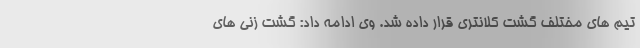
تیم های مختلف گشت کلانتری قرار داده شد. وی ادامه داد: گشت زنی های